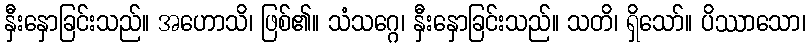
နှီးနှောခြင်းသည်။ အဟောသိ၊ ဖြစ်၏။ သံသဂ္ဂေ၊ နှီးနှောခြင်းသည်။ သတိ၊ ရှိသော်။ ပိဿာသော၊